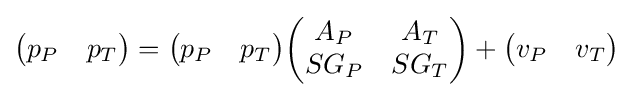
{\begin{pmatrix}p_{P}&p_{T}\end{pmatrix}}={\begin{pmatrix}p_{P}&p_{T}\end{pmatrix}}{\begin{pmatrix}A_{P}&A_{T}\\SG_{P}&SG_{T}\end{pmatrix}}+{\begin{pmatrix}v_{P}&v_{T}\end{pmatrix}}